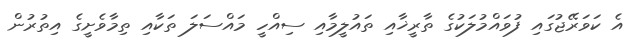
އެ ކަވަރޭޖުގައި ފުވައްމުލަކުގެ ތާރީޚާއި ތައުލީމާއި ސިއްހީ މައްސަލަ ތަކާއި ތިމާވެށީގެ އިތުރުން